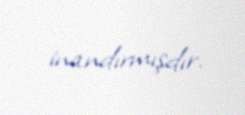
inandırmışdır.